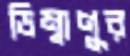
ডিম্বাণুর